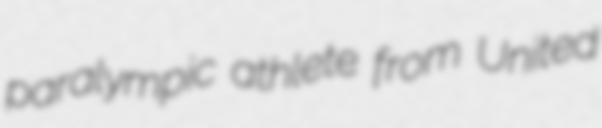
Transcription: paralympic athlete from United